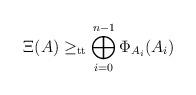
LaTeX: \begin{align*}\Xi(A)\geq_{\mathrm{tt}}\bigoplus_{i=0}^{n-1}\Phi_{A_i}(A_i)\end{align*}